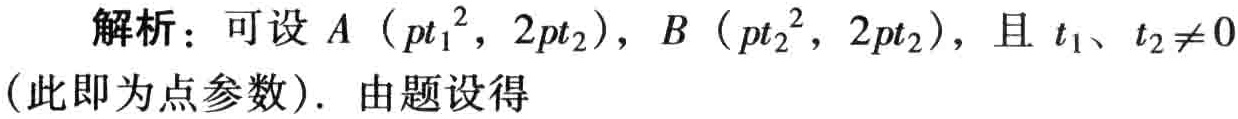
解析：可设\(A\left(pt_{1}^{2},2pt_{2}\right)\)，\(B\left(pt_{2}^{2},2pt_{2}\right)\)，且\(t_{1}\)、\(t_{2}\neq0\)（此即为点参数）. 由题设得